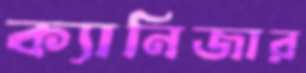
ক্যানিজার